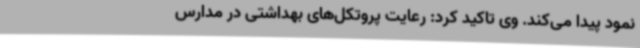
نمود پیدا می‌کند. وی تاکید کرد: رعایت پروتکل‌های بهداشتی در مدارس